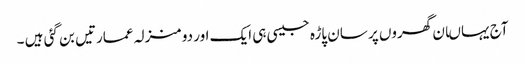
آج یہاںان گھروں پر سان پاڑہ جیسی ہی ایک اور دو منزلہ عمارتیں بن گئی ہیں ۔